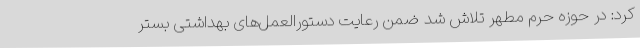
کرد: در حوزه حرم مطهر تلاش شد ضمن رعایت دستورالعمل‌های بهداشتی بستر